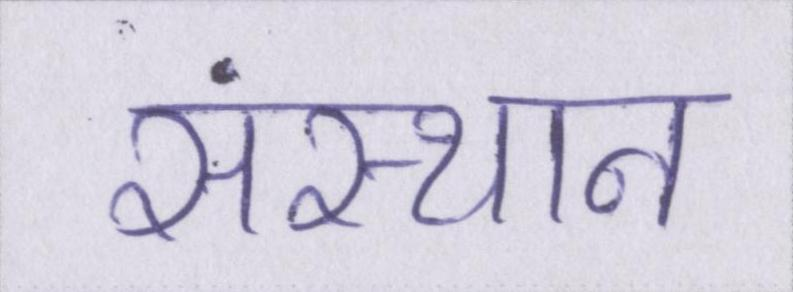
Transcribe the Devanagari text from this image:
संस्थान